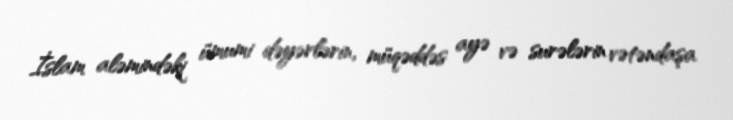
İslam aləmindəki ümumi dəyərlərin, müqəddəs ayə və surələrin vətəndaşa